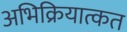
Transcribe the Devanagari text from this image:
अभिक्रियात्कत